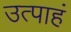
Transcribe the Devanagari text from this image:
उत्पाहं